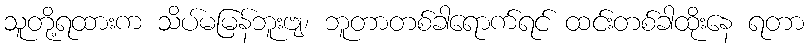
သူတို့ရထားက သိပ်မမြန်ဘူးဗျ၊ ဘူတာတစ်ခါရောက်ရင် ထင်းတစ်ခါထိုးနေ ရတာ